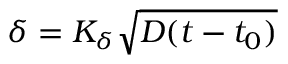
\delta = K _ { \delta } \sqrt { D ( t - t _ { 0 } ) }